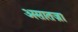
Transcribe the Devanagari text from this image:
असातज़ा